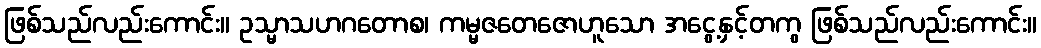
ဖြစ်သည်လည်းကောင်း။ ဥသ္မာသဟဂတောစ၊ ကမ္မဇတေဇောဟူသော အငွေ့နှင့်တကွ ဖြစ်သည်လည်းကောင်း။